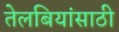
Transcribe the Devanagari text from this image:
तेलबियांसाठी